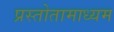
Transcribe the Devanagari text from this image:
प्रस्तोतामाध्यम